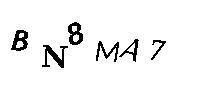
BN8MA7